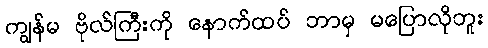
ကျွန်မ ဗိုလ်ကြီးကို နောက်ထပ် ဘာမှ မပြောလိုဘူး